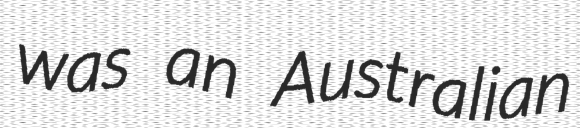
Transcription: was an Australian